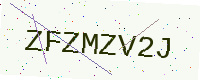
Text: ZFZMZV2J